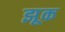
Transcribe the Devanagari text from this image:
झूक